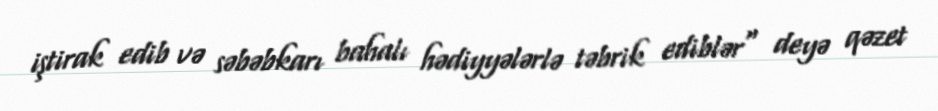
iştirak edib və səbəbkarı bahalı hədiyyələrlə təbrik ediblər" deyə qəzet